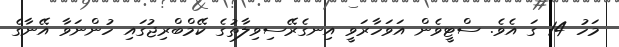
މަހު 14 ގަ އެވެ. ސްޓީވެން އަވަހާރަވީ އިނގެރޭސިވިލާތުގެ ކޭމްބްރިޖުގައި ހުންނަވާ އޭނާގެ